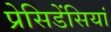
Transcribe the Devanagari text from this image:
प्रेसिडेंसियां